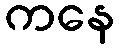
ကနေ